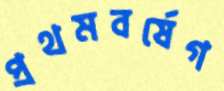
প্রথমবর্ষেগ